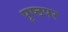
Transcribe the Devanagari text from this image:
पृष्ठपर